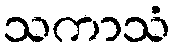
သကာသံ